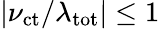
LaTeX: |\nu_{\mathrm{ct}}/\lambda_{\mathrm{tot}}|\leq 1